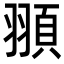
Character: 頨